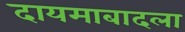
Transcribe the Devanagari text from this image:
दायमाबादला